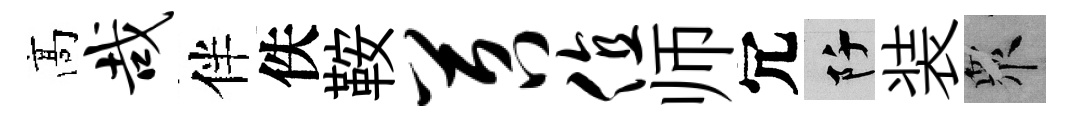
髙哉伴佚鞍苕值师冗阡装衆